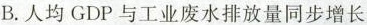
B. 人均 GDP 与工业废水排放量同步增长